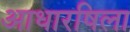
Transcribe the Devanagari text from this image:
आधारषिला